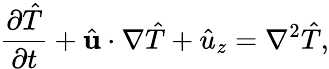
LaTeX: \frac{\partial\hat{T}}{\partial t}+\hat{\mathbf{u}}\cdot\nabla\hat{T}+\hat{u}_{z}=\nabla^{2}\hat{T},